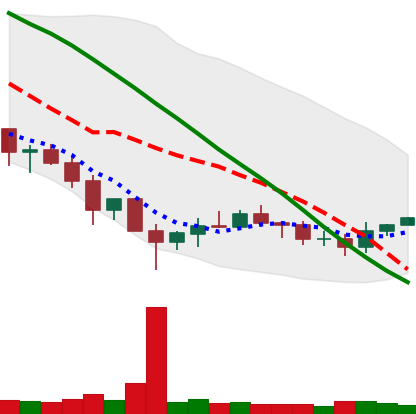
Ticker: XRP-USD
Chart end date: 2019-12-07
Forward return: -3.758%
Label: down_3_5